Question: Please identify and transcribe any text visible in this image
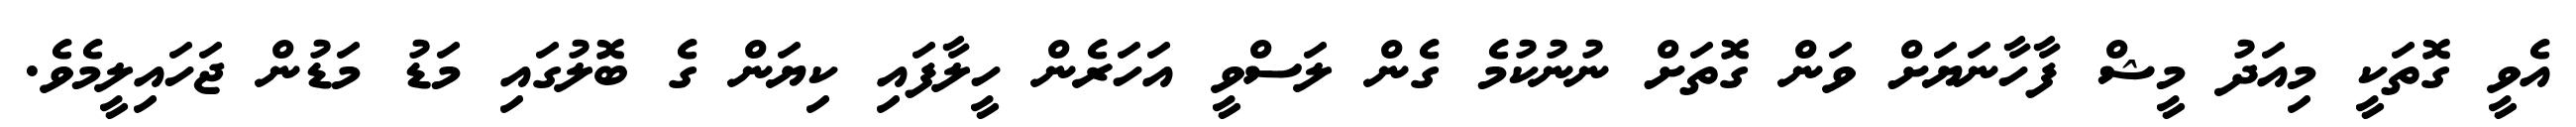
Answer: އެވީ ގޮތަކީ މިއަދު މީޝް ފާހާނަޔަށް ވަން ގޮތަށް ނުނުކުމެ ގެން ލަސްވީ އަހަރެން ހީލާފައި ކިޔަން ގެ ބޮލުގައި މަޑު މަޑުން ޖަހައިލީމެވެ.